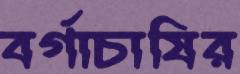
বর্গাচাষির